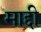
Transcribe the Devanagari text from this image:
माद्दी